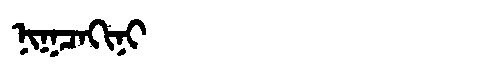
Manchu: ᠨᡳᡴᠴᠠᡴᡳᠨᡳ
Romanization: NIKCAKINI